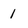
Character: 1